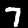
Digit: 7